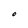
Character: O